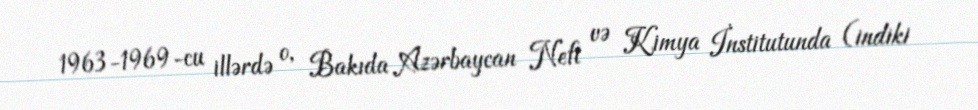
1963-1969-cu illərdə o, Bakıda Azərbaycan Neft və Kimya İnstitutunda (indiki